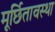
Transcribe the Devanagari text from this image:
मूर्छितावस्था